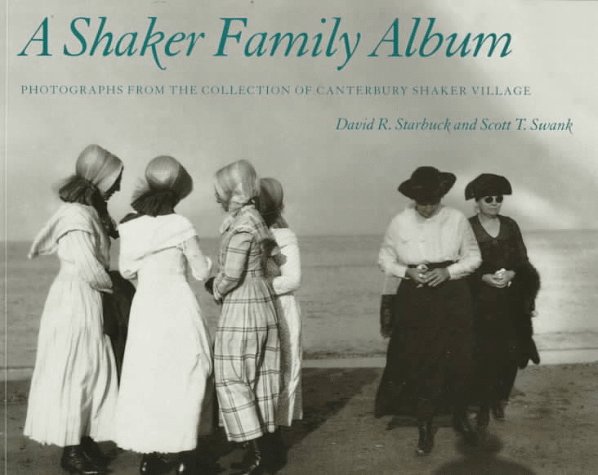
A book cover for A Shaker Family Album: Photographs from the Collection of Canterbury Shaker Village; David R. Starbuck; Christian Books & Bibles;